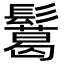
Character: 𩯝